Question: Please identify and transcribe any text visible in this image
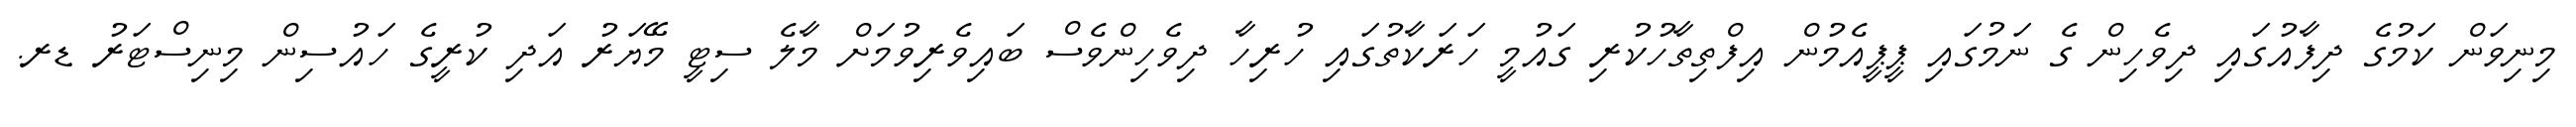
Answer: މިނިވަން ކަމުގެ ދިފާއުގައި ދިވެހިން ގެ ނަމުގައި ޕީޕީއެމުން އިފްތިތާހުކުރި ގައުމީ ހަރަކާތުގައި ހުރިހާ ދިވެހިންވެސް ބައިވެރިވުމަށް މާލެ ސިޓީ މޭޔަރު އަދި ކުރީގެ ހައުސިން މިނިސްޓަރު ޑރ.